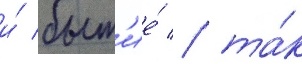
и́ быт'ие́ / та́к